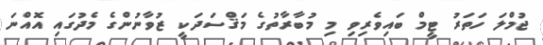
ޖުމްލަ ހަތަރު ޓީމް ބައިވެރިވި މި މުބާރާތުގެ މަޤްސަދަކީ ޒުވާނުންގެ މެދުގައި އޮއްނަ